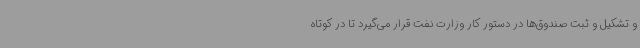
و تشکیل و ثبت صندوق‌ها در دستور کار وزارت نفت قرار می‌گیرد تا در کوتاه